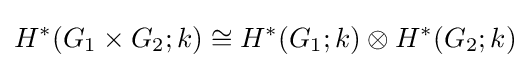
H^{*}(G_{1}\times G_{2};k)\cong H^{*}(G_{1};k)\otimes H^{*}(G_{2};k)